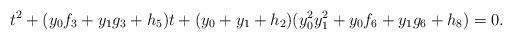
LaTeX: \begin{align*}t^2 + (y_0 f_3 + y_1 g_3 + h_5) t + (y_0 + y_1 + h_2)(y_0^2 y_1^2 + y_0 f_6 + y_1 g_6 + h_8) = 0.\end{align*}